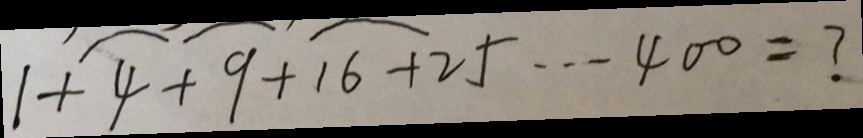
1 + 4 + 9 + 1 6 + 2 5 \cdots 4 0 0 = ?